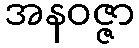
အနဝဇ္ဇာ